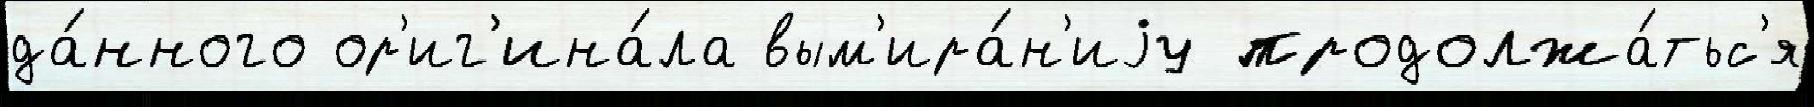
да́нного ор'иг'ина́ла вым'ира́н'иjу продолжа́тьс'я